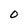
Character: O